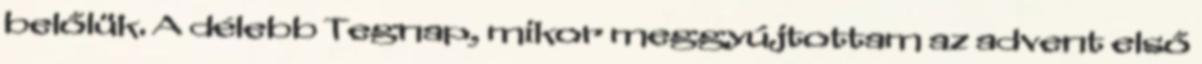
belőlük. A délebb Tegnap, mikor meggyújtottam az advent első